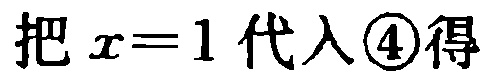
把 \(x = 1\) 代入\textcircled{4}得